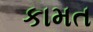
કામત